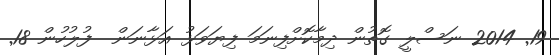
19